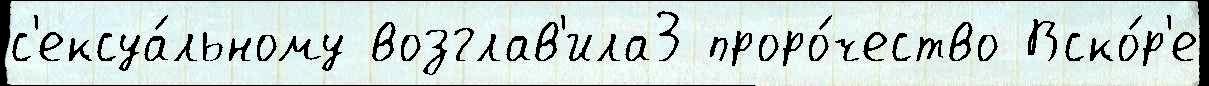
с'ексуа́льному возглав'ила3 проро́чество Вско́р'е